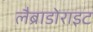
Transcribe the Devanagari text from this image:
लैब्राडोराइट